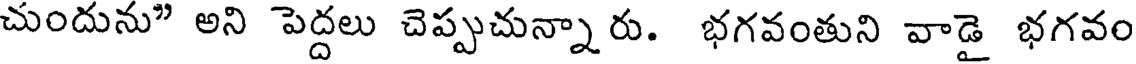
చుందును" అని పెద్దలు చెప్పుచున్నారు. భగవంతుని వాడై భగవం